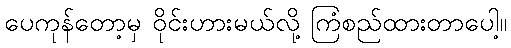
ပေကုန်တော့မှ ဝိုင်းဟားမယ်လို့ ကြံစည်ထားတာပေါ့။